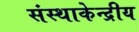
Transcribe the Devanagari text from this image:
संस्थाकेन्द्रीय